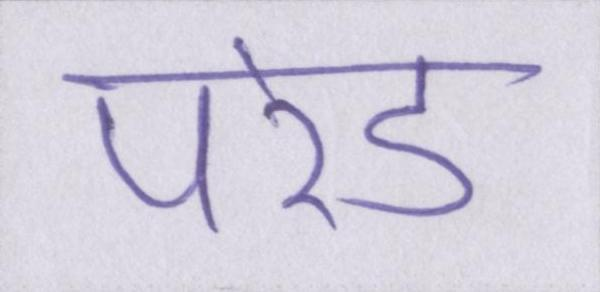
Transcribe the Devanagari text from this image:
परेड